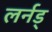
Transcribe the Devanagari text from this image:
लर्नड्